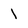
Character: 1